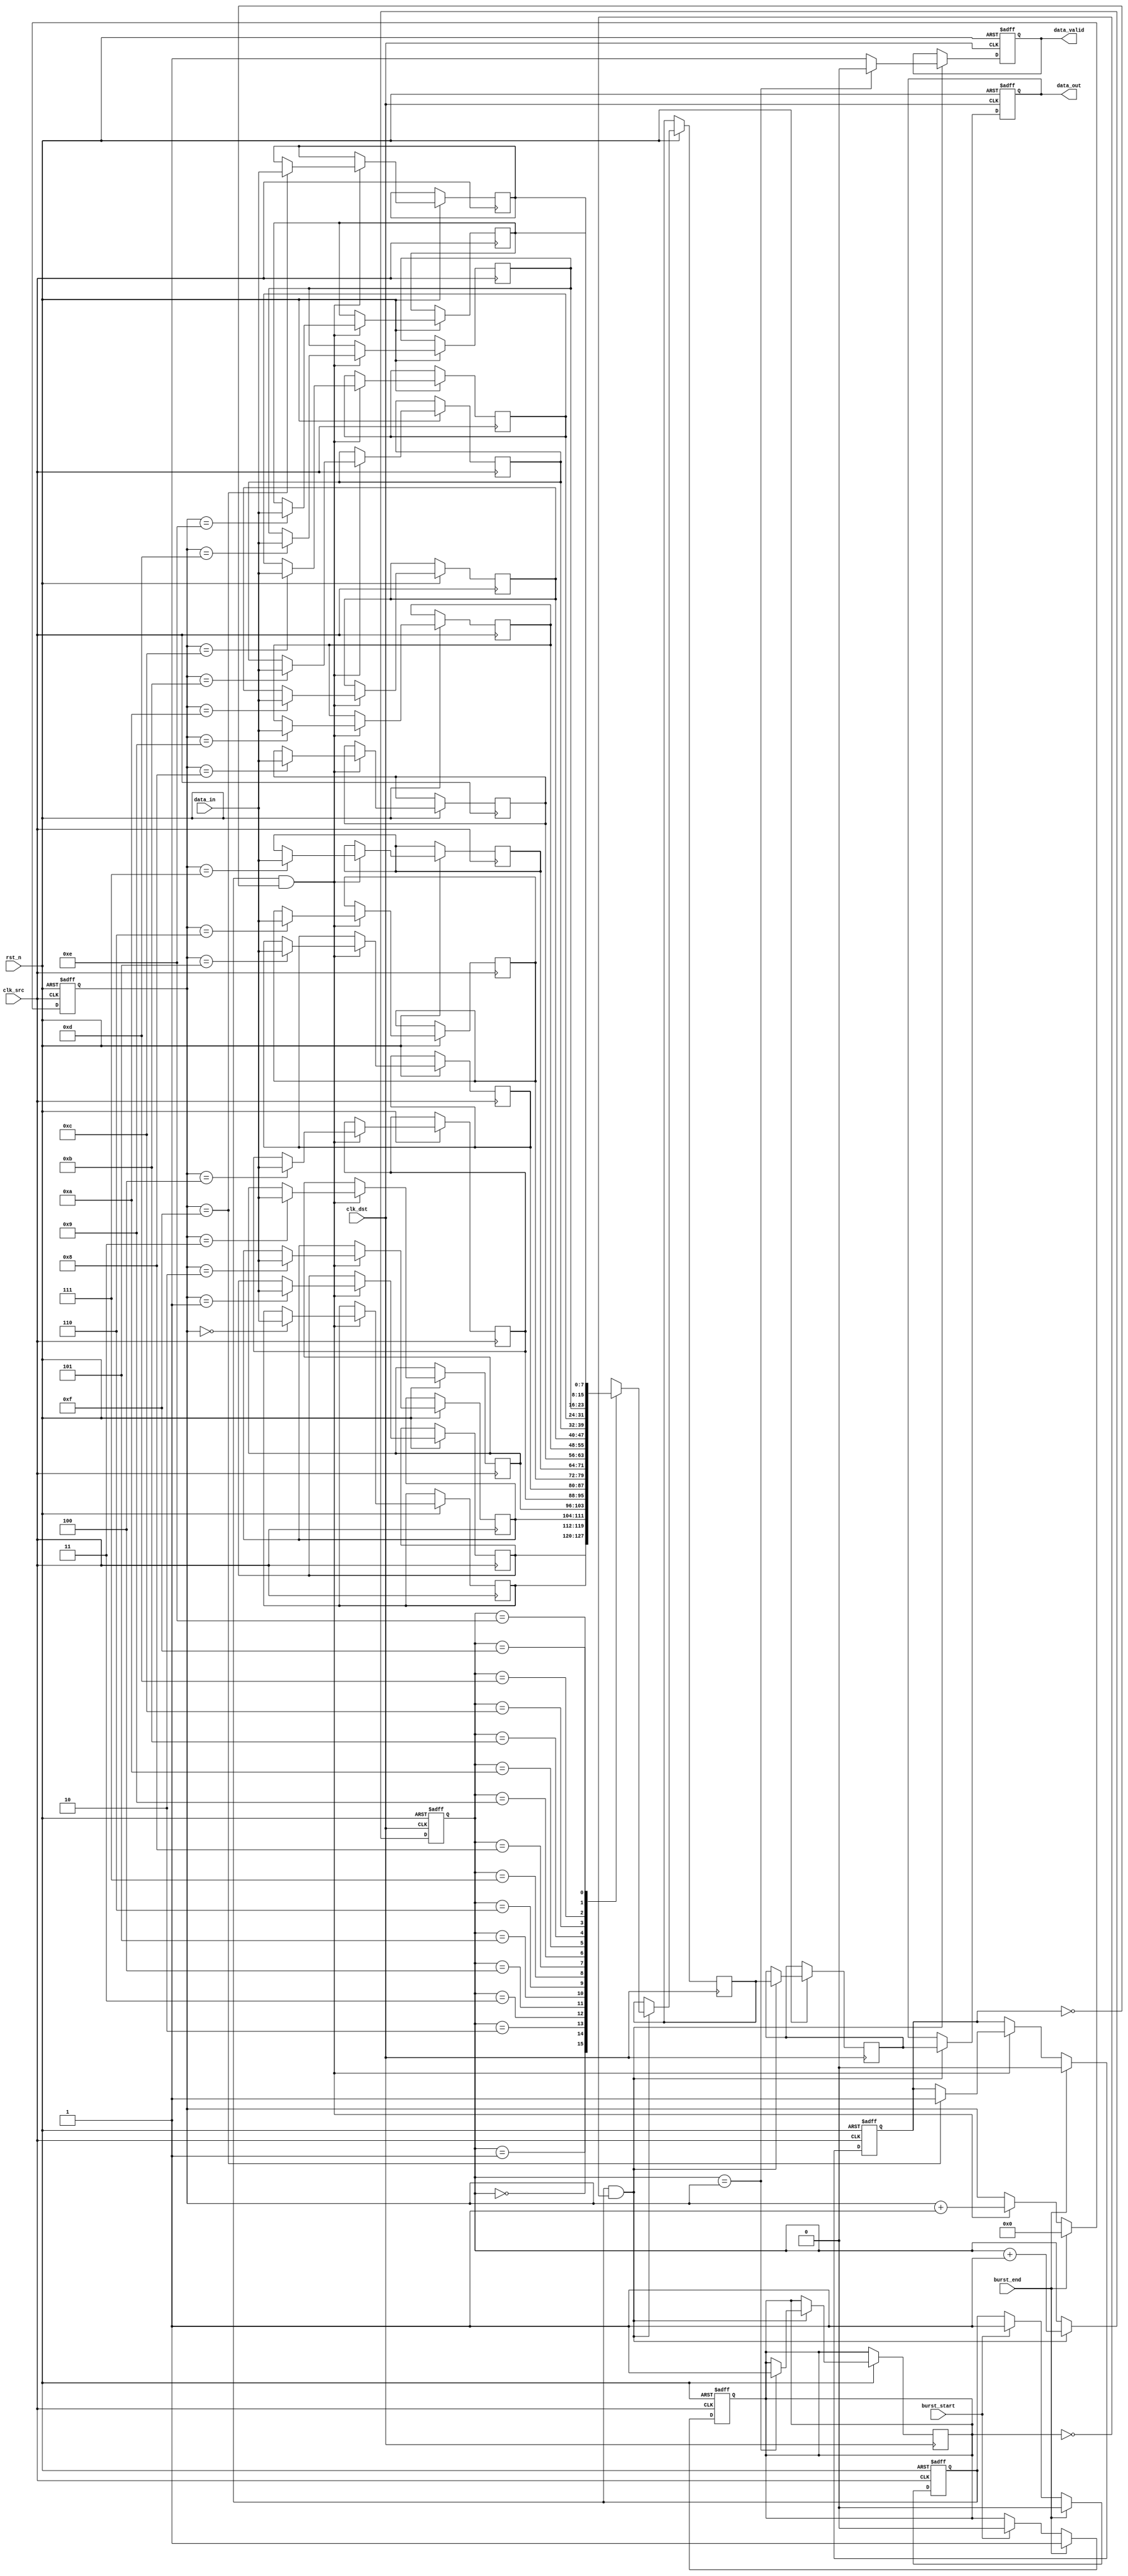
module burst_mode_synchronizer #(
    parameter DATA_WIDTH = 8,
    parameter FIFO_DEPTH = 16
)(
    input wire clk_src,               // Source clock
    input wire clk_dst,               // Destination clock
    input wire rst_n,                 // Active low reset
    input wire [DATA_WIDTH-1:0] data_in, // Data input from source clock domain
    input wire burst_start,           // Signal to indicate the start of a burst
    input wire burst_end,             // Signal to indicate the end of a burst
    output reg [DATA_WIDTH-1:0] data_out, // Synchronized data output
    output reg data_valid             // Handshake signal to indicate valid data
);

    // FIFO buffer for burst data
    reg [DATA_WIDTH-1:0] fifo [0:FIFO_DEPTH-1];
    reg [3:0] write_ptr, read_ptr;    // Pointers for FIFO
    reg fifo_full, fifo_empty;

    // Synchronization registers
    reg [DATA_WIDTH-1:0] sync_data_1, sync_data_2;
    reg burst_active;

    // Asynchronous reset logic
    always @(posedge clk_src or negedge rst_n) begin
        if (!rst_n) begin
            write_ptr <= 0;
            fifo_full <= 0;
            burst_active <= 0;
        end else begin
            if (burst_start) begin
                burst_active <= 1;
            end
            if (burst_active && !fifo_full) begin
                fifo[write_ptr] <= data_in; // Store incoming data
                write_ptr <= write_ptr + 1;
                if (write_ptr == FIFO_DEPTH - 1) begin
                    fifo_full <= 1; // FIFO is full
                end
            end
            if (burst_end) begin
                burst_active <= 0;
                fifo_full <= 0; // Reset FIFO full flag
                write_ptr <= 0; // Reset write pointer
            end
        end
    end

    // Synchronization logic
    always @(posedge clk_dst or negedge rst_n) begin
        if (!rst_n) begin
            read_ptr <= 0;
            data_out <= 0;
            data_valid <= 0;
        end else begin
            if (burst_active && !fifo_empty) begin
                sync_data_1 <= fifo[read_ptr]; // First stage of synchronization
                sync_data_2 <= sync_data_1;     // Second stage of synchronization
                data_out <= sync_data_2;        // Output synchronized data
                data_valid <= 1;                 // Indicate valid data
                read_ptr <= read_ptr + 1;
                if (read_ptr == write_ptr) begin
                    fifo_empty <= 1; // FIFO is empty
                    data_valid <= 0; // No valid data
                end
            end
        end
    end

    // FIFO empty flag logic
    always @(posedge clk_src or negedge rst_n) begin
        if (!rst_n) begin
            fifo_empty <= 1;
        end else begin
            if (burst_start) begin
                fifo_empty <= 0; // Data is being written
            end
            if (burst_end) begin
                fifo_empty <= 1; // Reset FIFO empty flag
            end
        end
    end

endmodule